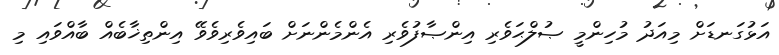
އަޅުގަނޑަށް މިއަދު މުހިންމީ ޞުލްޙަވެރި އިންޞާފުވެރި އެންމެންނަށް ބައިވެރިވެވޭ އިންތިޚާބެއް ބާއްވައި މި